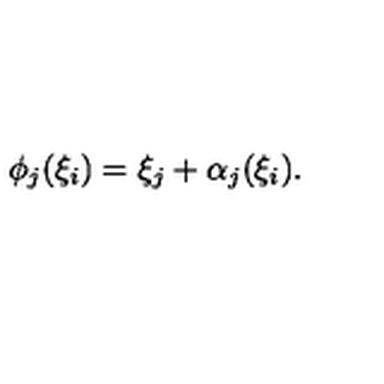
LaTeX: \phi _ { j } ( \xi _ { i } ) = \xi _ { j } + \alpha _ { j } ( \xi _ { i } ) .